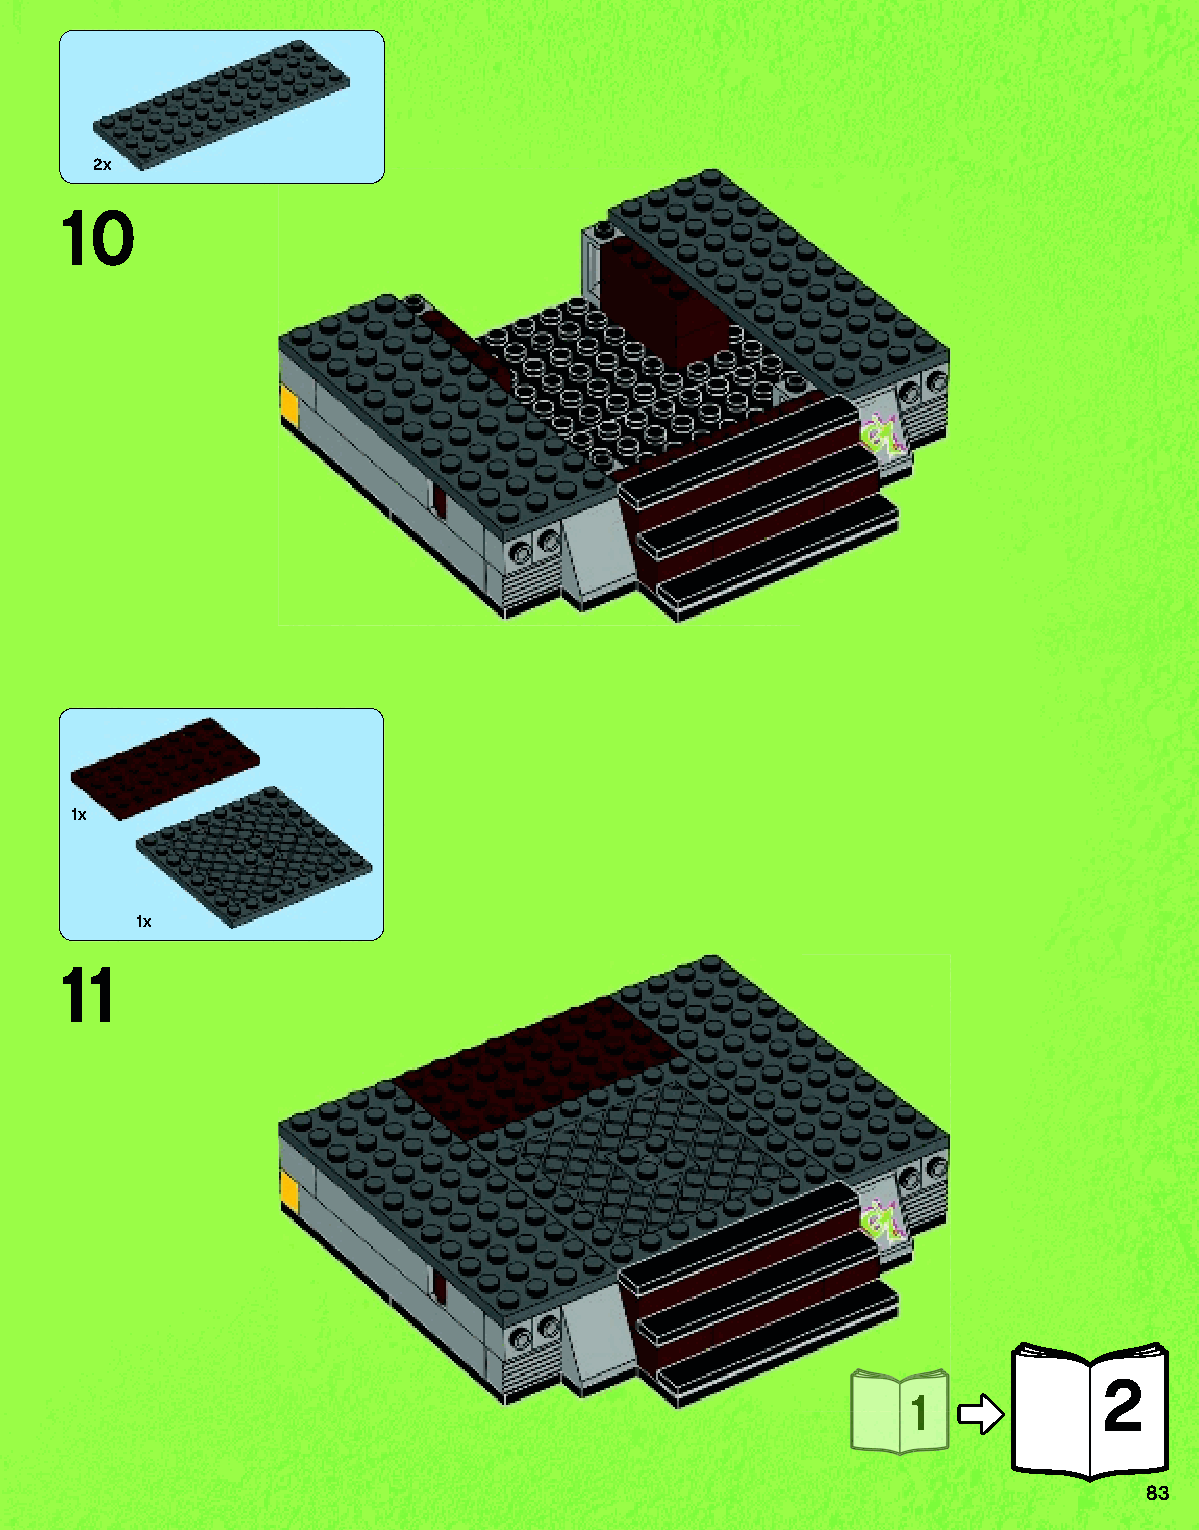
2x
 10
 1x
 1x
 11
 2
 11
 83
 79117_Book1.indd 83                                               01/11/2013 4:36 PM